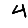
Digit: 4